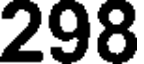
298